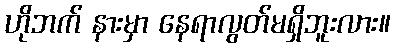
ဟိုဘက် နားမှာ နေရာလွတ်မရှိဘူးလား။